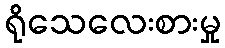
ရိုသေလေးစားမှု